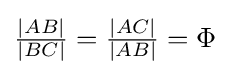
{\tfrac {|AB|}{|BC|}}={\tfrac {|AC|}{|AB|}}=\Phi